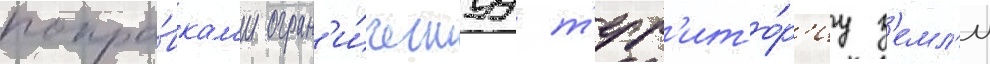
попра́вкам'и огран'и́ченнуу т'ерр'ито́р'иу з'емл'и